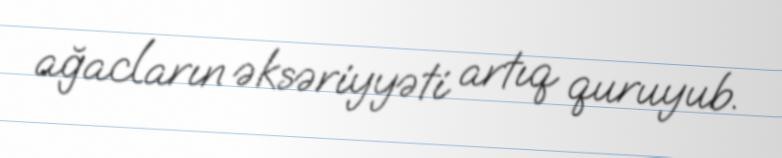
ağacların əksəriyyəti artıq quruyub.